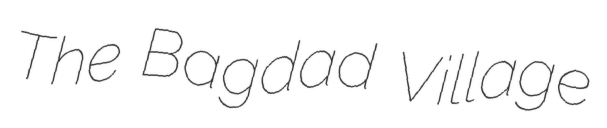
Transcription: The Bagdad Village